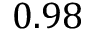
0 . 9 8